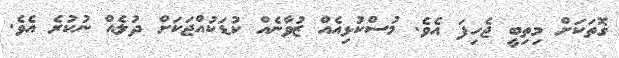
ގޮތަކަށް މިތިބީ ޖެހިފަ އެވެ. މުސްކުޅިއެއް ޒުވާނެއް ކުޑަކުއްޖަކަށް ދުލެއް ނުކުރެ އެވެ.